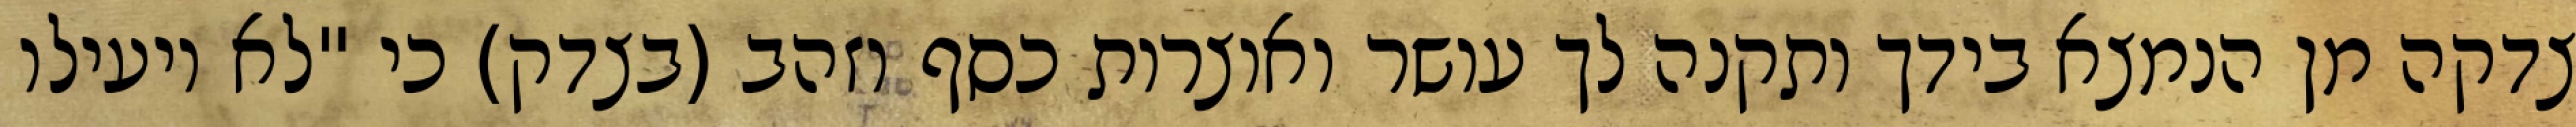
צדקה מן הנמצא בידך ותקנה לך עושר ואוצרות כסף וזהב (בצדק) כי "לא יועילו